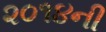
૨૦૧૪ની